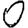
Digit: 0